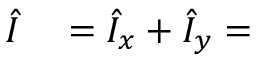
\begin{array} { r l } { \hat { I } } & { { } = \hat { I } _ { x } + \hat { I } _ { y } = } \end{array}